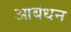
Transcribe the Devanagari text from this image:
आबंधन